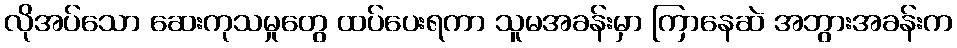
လိုအပ်သော ဆေးကုသမှုတွေ ထပ်ပေးရကာ သူမအခန်းမှာ ကြာနေဆဲ အဘွားအခန်းက